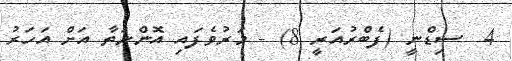
4  ސިޑްނީ (ފެބްރުއަރީ 8) - މަރުވެފައި އޮންނަތާ އަށް އަހަރު